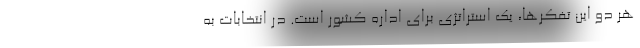
هر دو این تفکرها، یک استراتژی برای اداره کشور است. در انتخابات به